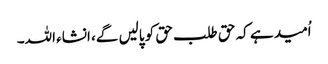
اُمید ہے کہ حق طلب حق کو پالیں گے، انشاء اللہ۔